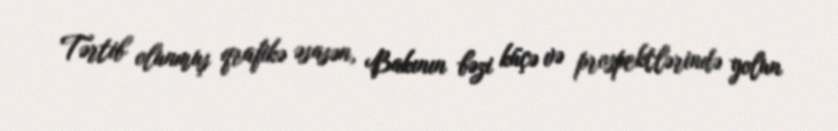
Tərtib olunmuş qrafikə əsasən, Bakının bəzi küçə və prospektlərində yolun